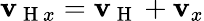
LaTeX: \mathbf{v}_{\mathrm{{~H~}}x}=\mathbf{v}_{\mathrm{{~H~}}}+\mathbf{v}_{x}